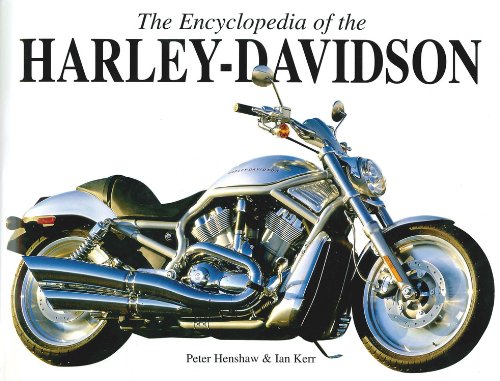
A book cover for The Encyclopedia of the Harley Davidson; Peter Henshaw; Arts & Photography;